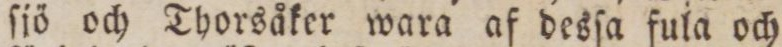
ſjö och Thorsåker wara af desſa fula och